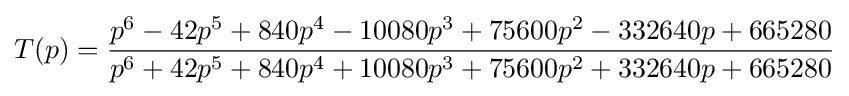
T(p)={\frac {p^{6}-42p^{5}+840p^{4}-10080p^{3}+75600p^{2}-332640p+665280}{p^{6}+42p^{5}+840p^{4}+10080p^{3}+75600p^{2}+332640p+665280}}